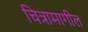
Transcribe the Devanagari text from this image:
चित्रामागील